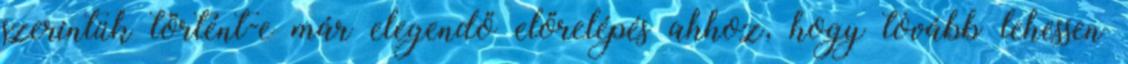
szerintük történt-e már elegendő előrelépés ahhoz, hogy tovább lehessen